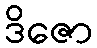
ဒိဇော